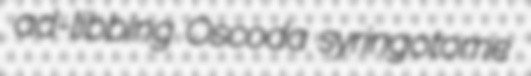
ad-libbing Oscoda syringotome